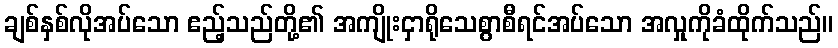
ချစ်နှစ်လိုအပ်သော ဧည့်သည်တို့၏ အကျိုးငှာရိုသေစွာစီရင်အပ်သော အလှုကိုခံထိုက်သည်။